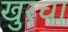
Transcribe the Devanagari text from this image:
खुरचा